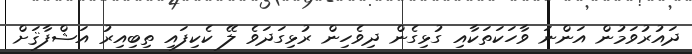
ދައުރުވަމުން އަންނަ ވާހަކަތަކާއި ގުޅިގެން ދިވެހިން ރުޅިގަދަވެ ލޭ ކެކިފައި ތިބިއިރު އަޝްފާޤަށް